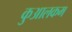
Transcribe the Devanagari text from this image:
कुआलकम